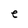
Character: e